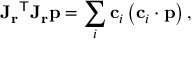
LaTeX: { \mathbf { J } _ { \mathbf { r } } } ^ { \mathsf { T } } \mathbf { J _ { r } } \mathbf { p } = \sum _ { i } \mathbf { c } _ { i } \left( \mathbf { c } _ { i } \cdot \mathbf { p } \right) ,